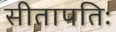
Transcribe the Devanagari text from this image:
सीतापतिः